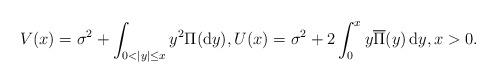
LaTeX: \begin{align*}V(x)=\sigma^2+\int_{0<|y|\le x}y^2\Pi(\mathrm{d}y),U(x)=\sigma^2+2\int_0^xy\overline{\Pi}(y)\,\mathrm{d}y,x>0.\end{align*}